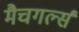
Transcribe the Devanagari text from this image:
मैचगर्ल्स